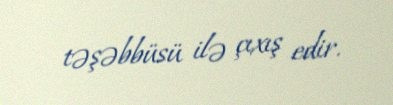
təşəbbüsü ilə çıxış edir.